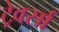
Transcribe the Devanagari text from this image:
ट्रेवर्सा